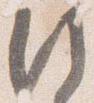
行